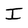
Character: I